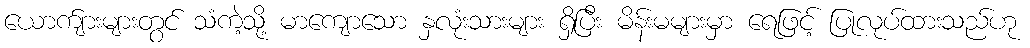
ယောက်ျားများတွင် သံကဲ့သို့ မာကျောသော နှလုံးသားများ ရှိပြီး မိန်းမများမှာ ရေဖြင့် ပြုလုပ်ထားသည်ဟု